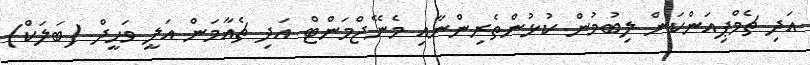
އަދި ޗެމްޕިއަންކަން ލިބުމުން ކުޅުންތެރިންނާއި މެނޭޖްމަންޓް އަދި ޗެއާމަން އަލީ ވަހީދް (ބަލަކް)